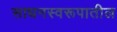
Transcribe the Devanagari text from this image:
साधनस्वरूपातील